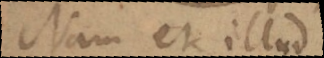
Nam et illud